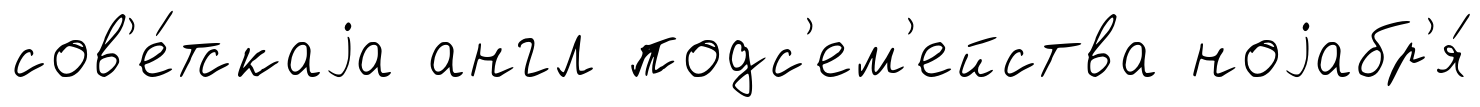
сов'е́тскаjа англ подс'ем'ейства ноjабр'я́